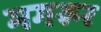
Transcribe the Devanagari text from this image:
मगरूर